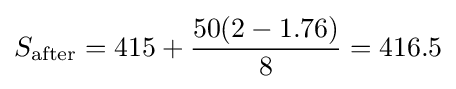
S_{\text{after}}={\text{415}}+{50(2-1.76) \over 8}=416.5